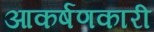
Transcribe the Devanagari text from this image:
आकर्षणकारी